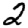
Digit: 2